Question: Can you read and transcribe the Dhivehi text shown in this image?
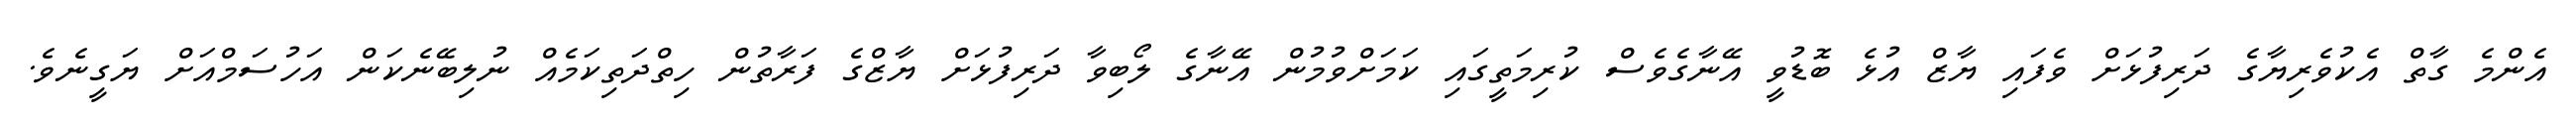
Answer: އެންމެ ގާތް އެކުވެރިޔާގެ ދަރިފުޅަށް ވެފައި ޔާޒް އުޅެ ބޮޑުވީ އޭނާގެވެސް ކުރިމަތީގައި ކަމަށްވުމުން އޭނާގެ ލޯބިވާ ދަރިފުޅަށް ޔާޒްގެ ފަރާތުން ހިތްދަތިކަމެއް ނުލިބޭނެކަން އަހުސަމްއަށް ޔަގީނެވެ.